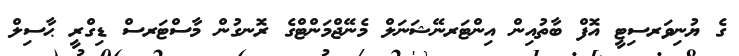
ގެ ޔުނިވަރސިޓީ އޮފް ބާތުއިން އިންޓަރނޭޝަނަލް މެނޭޖްމަންޓްގެ ރޮނގުން މާސްޓަރސް ޑިގްރީ ޙާސިލް